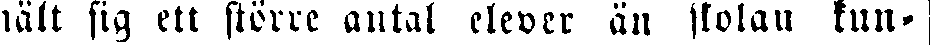
nält sig ett större antal elever än skolan kun-